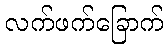
လက်ဖက်ခြောက်